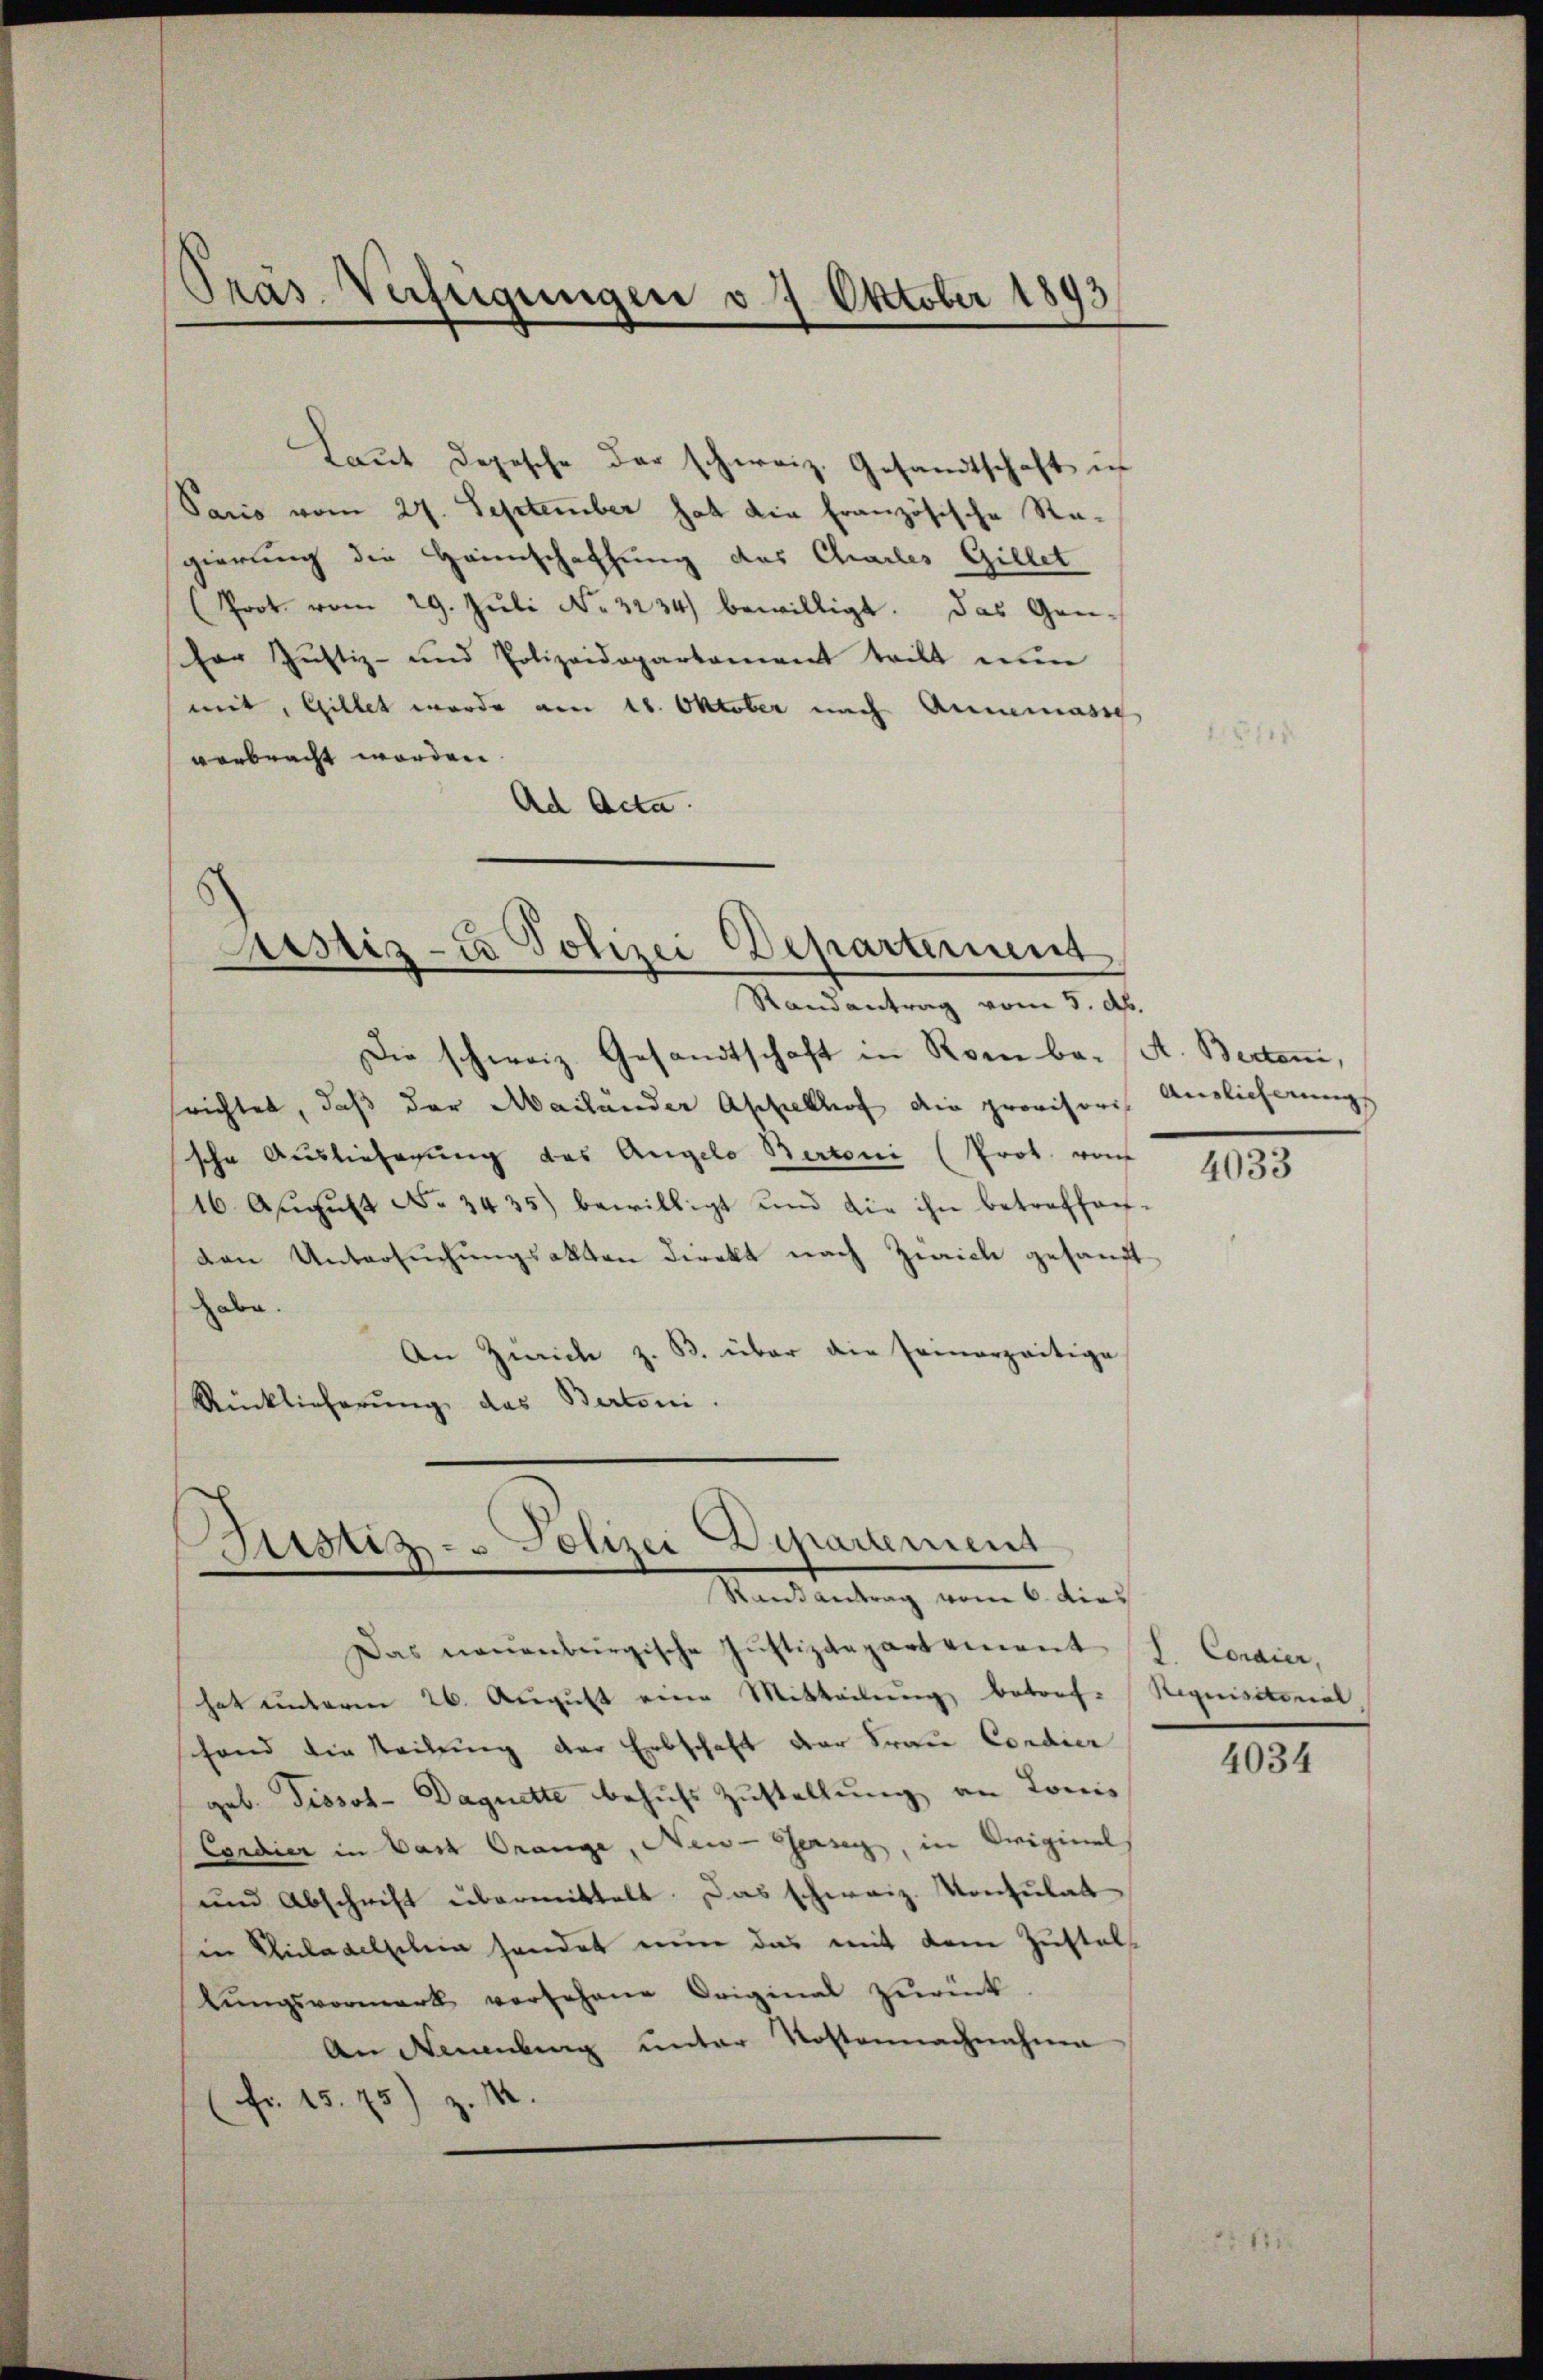
Präs. Verfügungen v. 7. Oktober 1893

verbracht worden.
Ad Acta.

Laut Depesche der schweiz. Gesandtschaft ic
Sacio vom 27. September hat die französische Regierung die Heimschaffung des Charles Gillet
(Prot. vom 29. Jŭli No 3234) bewilligt. Das Gan-
Por Justiz- und Polizeidepartement teilt nun
mit, Gillet wurde am 18. Oktober nach Annemasse

Die schweiz. Gesandtschaft in Rom be- A. Bertoni,
srichtet, daß der Mailänder Aschelhof die provisoris Auslicherungs
sche Ausliefegung des Angelo Bertoni (Prot. von
16. Aŭgŭst No. 3435) bewilligt und die ihn betreffen-
den Untersuchungsakten direkt nach Zürich gesandt
habe.
An Zürich z. B. über die seinerzeitige
Rücklicherŭng das Bertoni.

Justiz- & Polizei Departement
Randantrag vom 5. d.

Justiz- & Polizei Departement
Raisantrag vom 6. dies

Das neuenburgische Justizdepartement
hat unterm 26. August eine Mitteilung betrof-Requisitonal
schend die Teilung der Erbschaft der Frau Condier
geb. Tissot-Daquette behufs Zustellung an Louis
Cordier in Das Orange, New-Jersey, in Originel
und Abschrift übermittelt. Das schweiz. Konsulat
in Philadelschein hander nun das mit dem Zustal
lŭngsvormark versehene Original zŭrück.
An Neuenburg unter Kostennachnahme
Fr. 15. 75) z. M.

4033

L. Condier,

4034